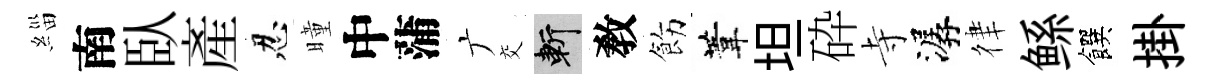
緇南臥産忍曈中蒲广交斬敎飭葦坦砕寺潺律鲧饌掛